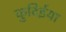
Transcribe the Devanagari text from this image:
कुदिईया